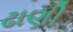
ઢાણી